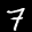
Label: 7